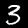
Digit: 3